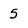
Character: 5